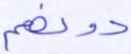
دونهم